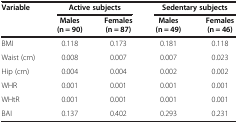
<table><thead><tr><td><b>Variable</b></td><td colspan="2"><b>Active subjects</b></td><td colspan="2"><b>Sedentary subjects</b></td></tr><tr><td><b> </b></td><td><b>Males (n = 90)</b></td><td><b>Females (n = 87)</b></td><td><b>Males (n = 49)</b></td><td><b>Females (n = 46)</b></td></tr></thead><tbody><tr><td>BMI</td><td>0.118</td><td>0.173</td><td>0.181</td><td>0.118</td></tr><tr><td>Waist (cm)</td><td>0.008</td><td>0.007</td><td>0.007</td><td>0.023</td></tr><tr><td>Hip (cm)</td><td>0.004</td><td>0.004</td><td>0.002</td><td>0.002</td></tr><tr><td>WHR</td><td>0.001</td><td>0.001</td><td>0.001</td><td>0.001</td></tr><tr><td>WHtR</td><td>0.001</td><td>0.001</td><td>0.001</td><td>0.001</td></tr><tr><td>BAI</td><td>0.137</td><td>0.402</td><td>0.293</td><td>0.231</td></tr></tbody></table>